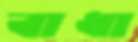
বাধা